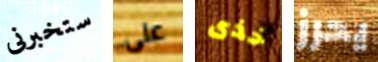
ستخبرنى على خذى يحرز